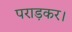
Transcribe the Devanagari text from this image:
पराड़कर।